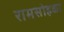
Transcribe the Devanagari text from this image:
रामसोहळा